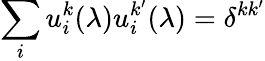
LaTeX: \sum_{i}u_{i}^{k}(\lambda)u_{i}^{k^{\prime}}(\lambda)=\delta^{kk^{\prime}}